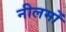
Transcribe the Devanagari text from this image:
नीलमों